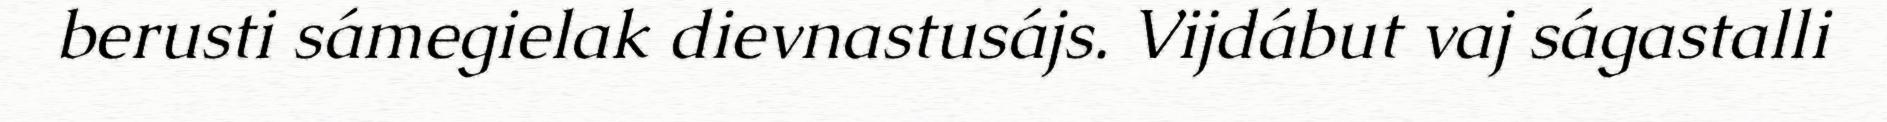
berusti sámegielak dievnastusájs. Vijdábut vaj ságastalli